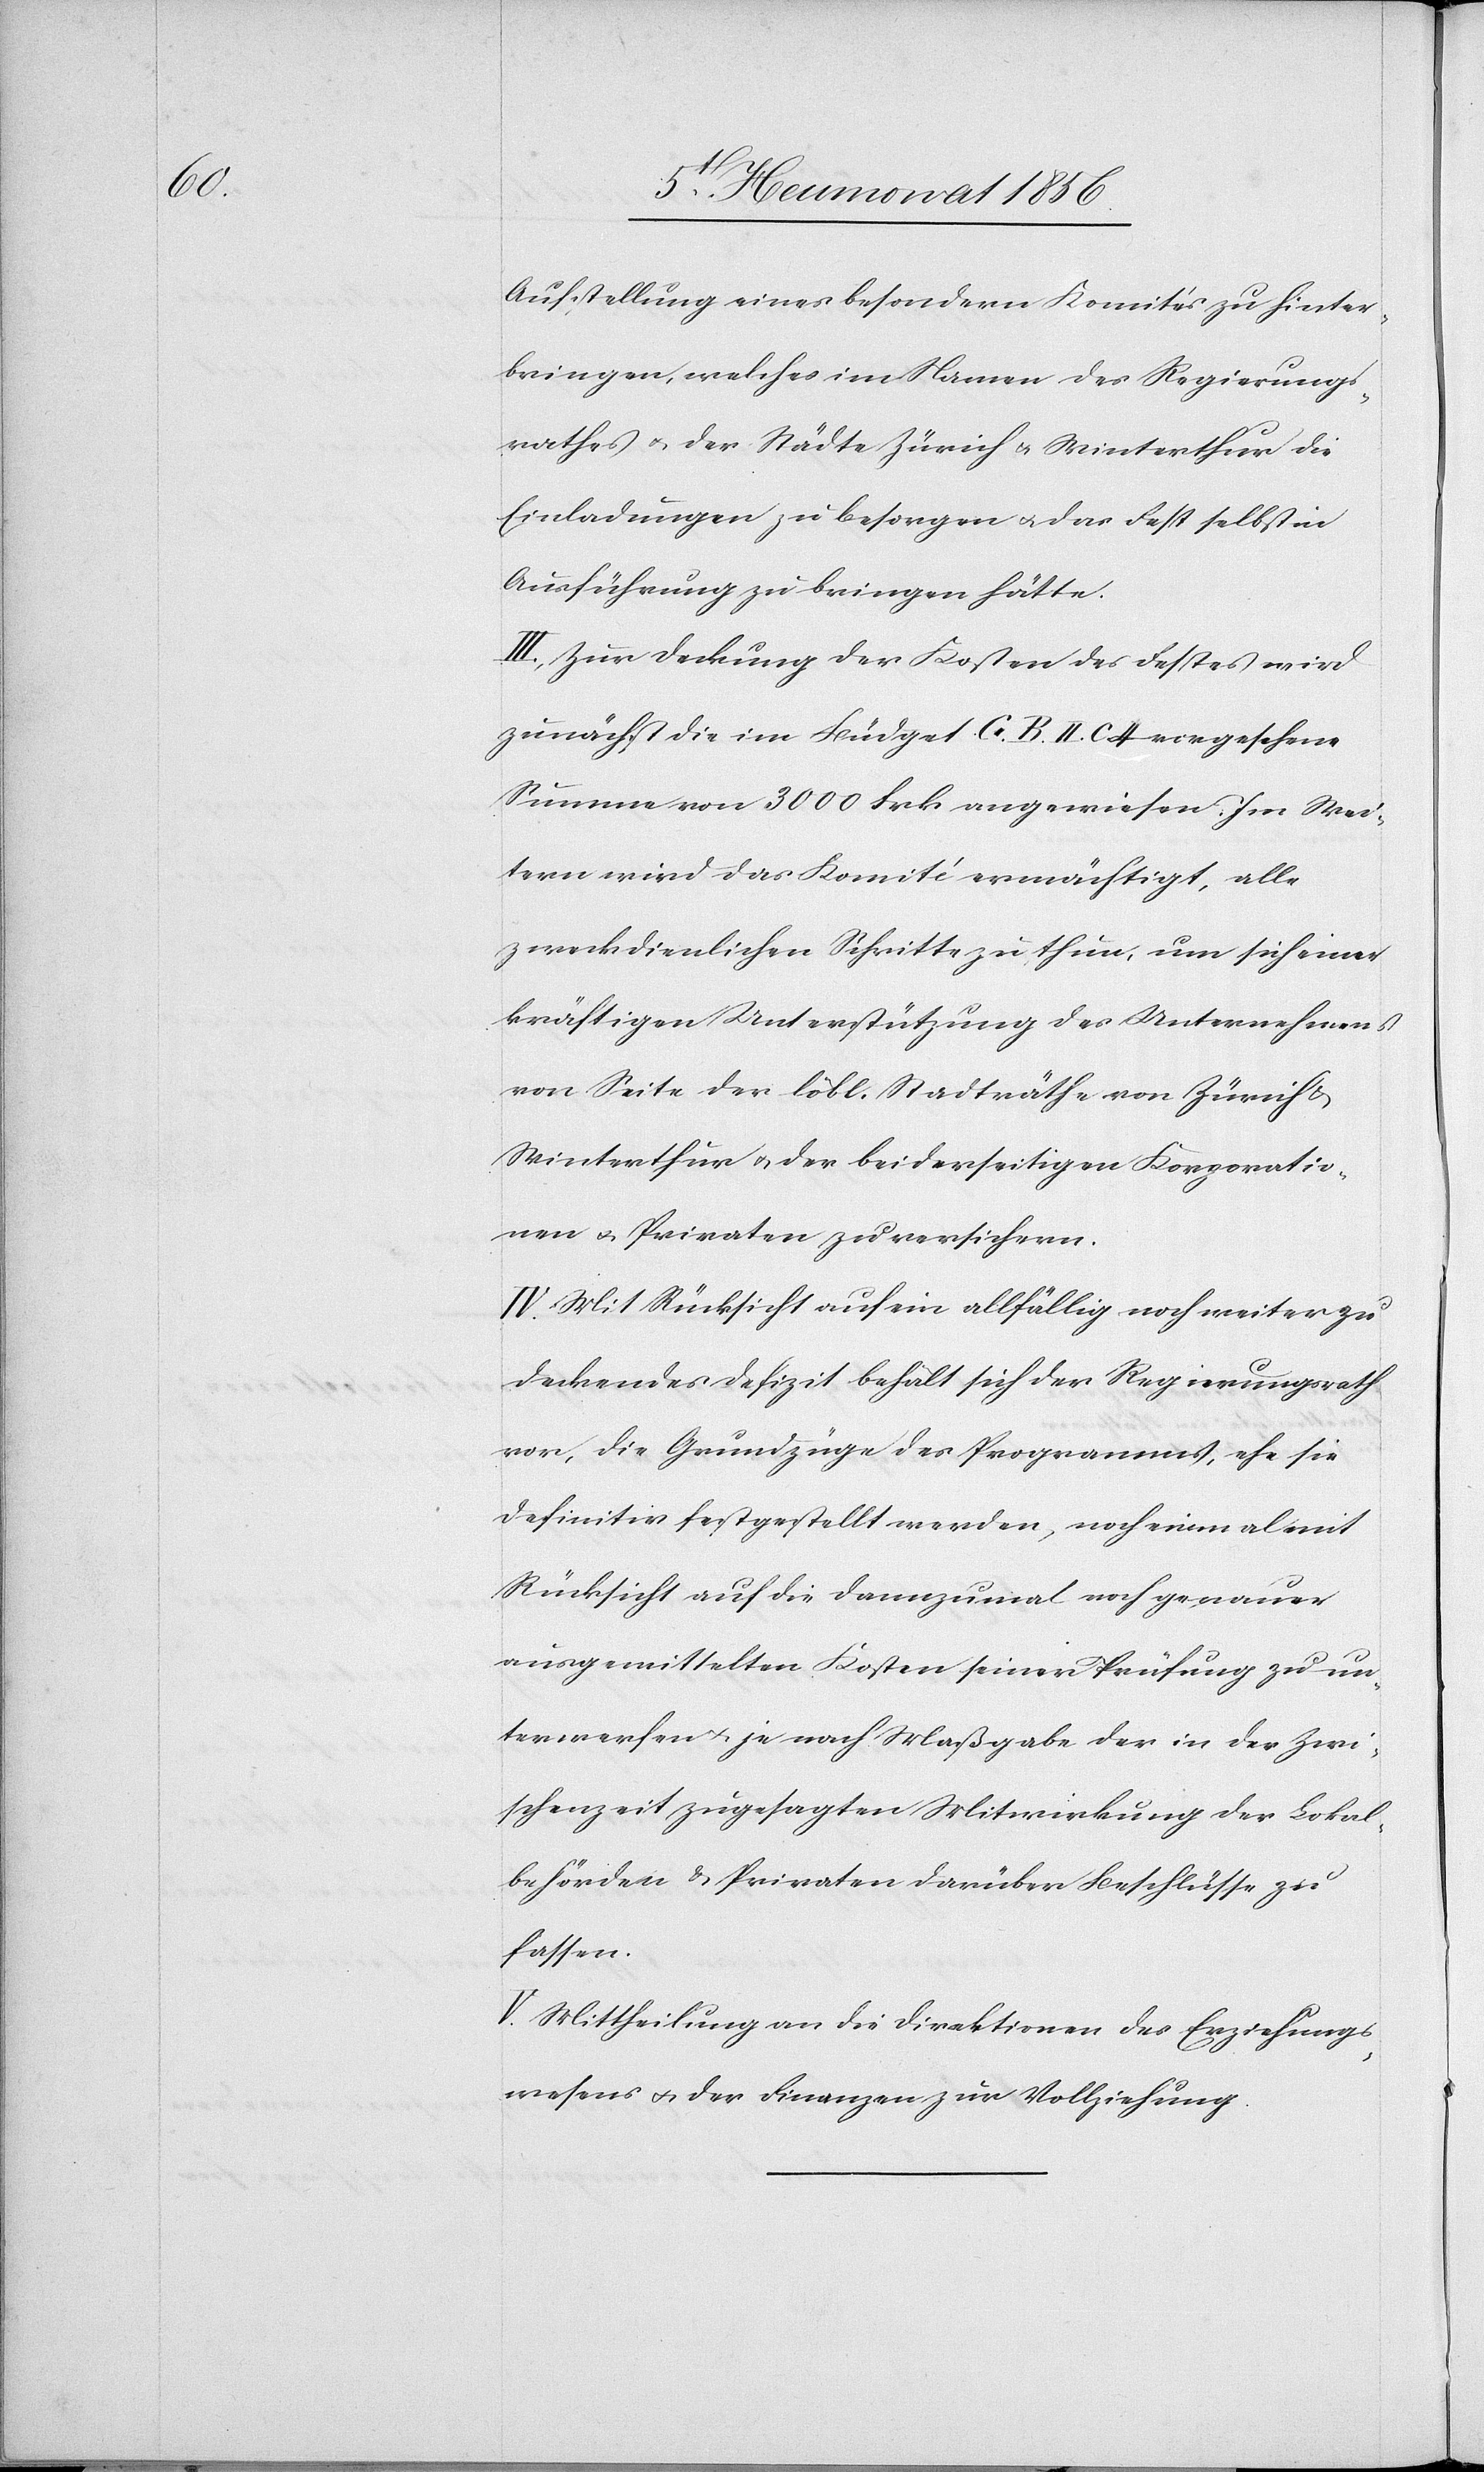
Aufstellung eines besondern Komités zu hinter¬
bringen, welches im Namen des Regierungs¬
rathes u. der Städte Zürich u. Winterthur die
Einladungen zu besorgen u. das Fest selbst in
Ausführung zu bringen hätte.
III. Zur Deckung der Kosten des Festes wird
zunächst die im Büdget G. B. II. C 4 vorgesehene
Summe von 3000 Frk angewiesen. Im Wei¬
tern wird das Komité ermächtigt, alle
zweckdienlichen Schritte zu thun, um sich einer
kräftigen Unterstützung des Unternehmens
von Seite der löbl. Stadträthe von Zürich &
Winterthur u. der beiderseitigen Korporatio¬
nen u. Privaten zu versichern.
IV. Mit Rücksicht auf ein allfällig noch weiter zu
deckendes Defizit behält sich der Regierungsrath
vor, die Grundzüge des Programms, ehe sie
definitiv festgestellt werden, noch einmal mit
Rücksicht auf die dannzumal noch genauer
ausgemittelten Kosten seiner Prüfung zu un¬
terwerfen u. je nach Maßgabe der in der Zwi¬
schenzeit zugesagten Mitwirkung der Lokal¬
behörden & Privaten darüber Beschlüsse zu
fassen.
V. Mittheilung an die Direktionen des Erziehungs¬
wesens u. der Finanzen zur Vollziehung.